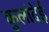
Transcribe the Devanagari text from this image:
कुलांदेई